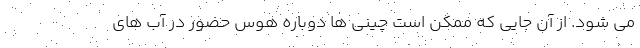
می شود. از آن جایی که ممکن است چینی ها دوباره هوس حضور در آب های